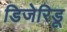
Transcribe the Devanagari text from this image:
डिजेरिडू